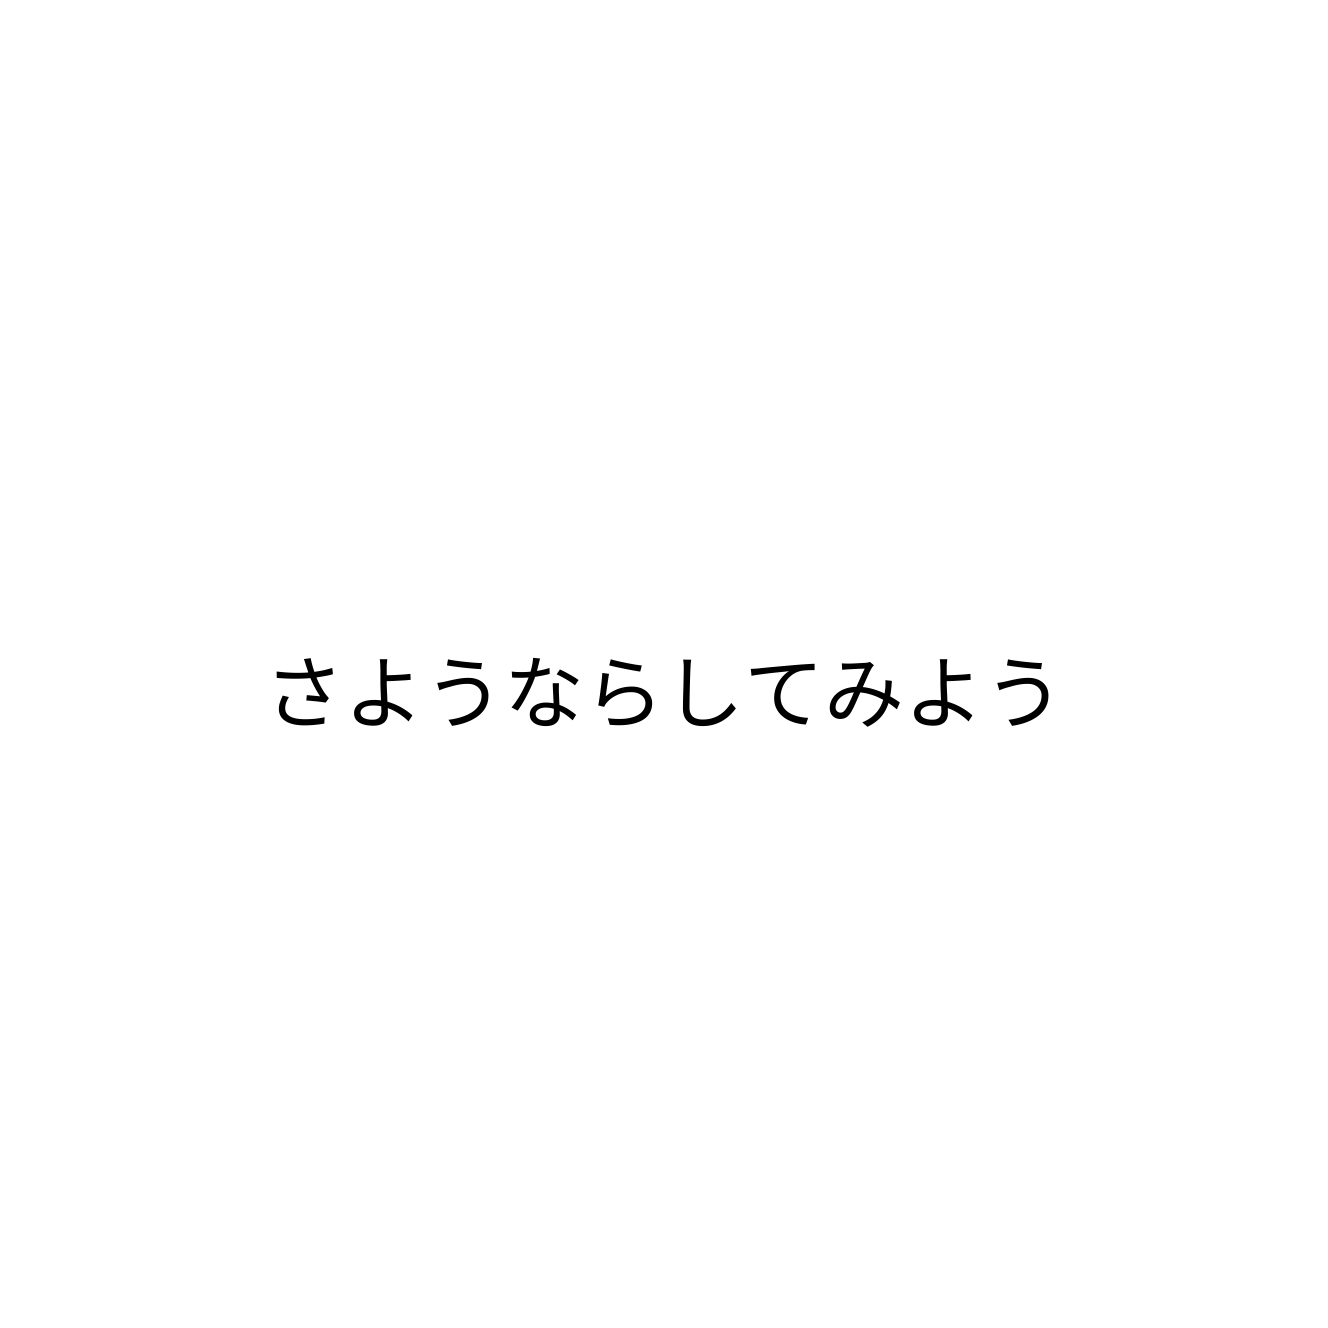
さようならしてみよう